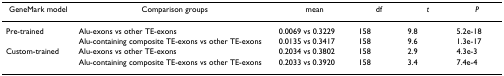
| GeneMark model | Comparison groups | mean | df | t | P |
 | --- | --- | --- | --- | --- | --- |
 | Pre-trained | Alu-exons vs other TE-exons | 0.0069 vs 0.3229 | 158 | 9.8 | 5.2e-18 |
 |  | Alu-containing composite TE-exons vs other TE-exons | 0.0135 vs 0.3417 | 158 | 9.6 | 1.3e-17 |
 | Custom-trained | Alu-exons vs other TE-exons | 0.2034 vs 0.3802 | 158 | 2.9 | 4.3e-3 |
 |  | Alu-containing composite TE-exons vs other TE-exons | 0.2033 vs 0.3920 | 158 | 3.4 | 7.4e-4 |